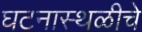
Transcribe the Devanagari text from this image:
घटनास्थळीचे